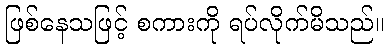
ဖြစ်နေသဖြင့် စကားကို ရပ်လိုက်မိသည်။